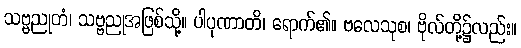
သဗ္ဗညုတံ၊ သဗ္ဗညုအဖြစ်သို့။ ပါပုဏာတိ၊ ရောက်၏။ ဗလေသုစ၊ ဗိုလ်တို့၌လည်း။